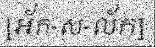
[អ័ក-ស-ល័ក]